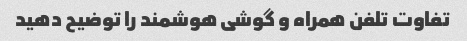
تفاوت تلفن همراه و گوشی هوشمند را توضیح دهید